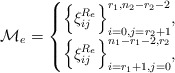
\begin{align*}{\cal M}_e=\begin{cases} \Big\{\xi_{ij}^{R_e}\Big\}_{i=0,j=r_2+1}^{r_1,n_2-r_2-2},&\\\Big\{\xi_{ij}^{R_e}\Big\}_{i=r_1+1,j=0}^{n_1-r_1-2,r_2},&\end{cases}\end{align*}